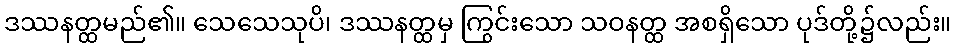
ဒဿနတ္ထမည်၏။ သေသေသုပိ၊ ဒဿနတ္ထမှ ကြွင်းသော သဝနတ္ထ အစရှိသော ပုဒ်တို့၌လည်း။